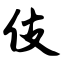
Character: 伎